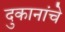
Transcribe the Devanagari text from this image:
दुकानांचे